Subject: math
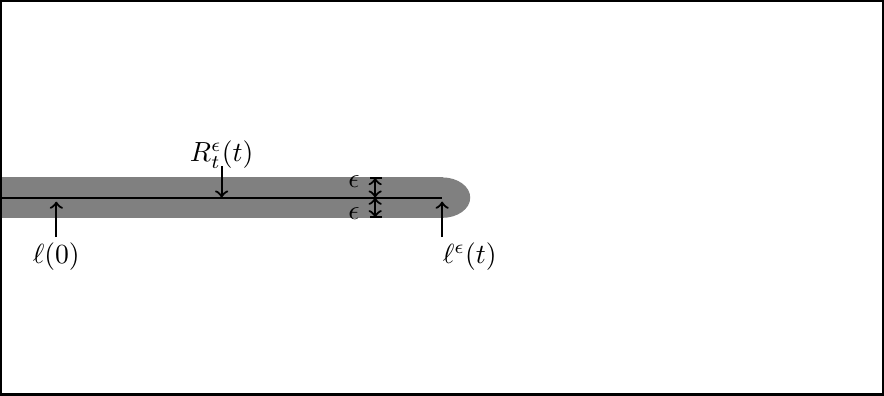
LaTeX code:
\begin{tikzpicture}[xscale=0.70,yscale=0.50]

\draw [fill=gray, gray] (-8,-0.5) rectangle (0.0,0.5);

\node[above] at (-4.0,0.5) {$R_t^\epsilon(t)$};

\draw [->,thick] (-4.0,0.8) -- (-4.0,0.0);

\draw[fill=gray, gray] (0,-0.5) arc (-90:90:0.5)  -- cycle;

\draw [-,thick] (-8,0) -- (-0.0,0);

\draw [thick] (-8,-5) rectangle (8,5);

\node [above] at (-1.6,0) {$\epsilon$};

\node [below] at (-1.6,0) {$\epsilon$};

\draw [thick] (-1.3,.5) -- (-1.1,.5);

\draw [<->,thick] (-1.215,.5) -- (-1.215,0);

\draw [<->,thick] (-1.215,-.5) -- (-1.215,0);

\draw [thick] (-1.3,-.5) -- (-1.1,-.5);

\draw [->,thick] (0.0,-1.0) -- (0.0,-0.1);

\node  at (0.5,-1.5) { $\ell^\epsilon(t)$};

\draw [->,thick] (-7,-1.0) -- (-7,-0.1);

\node  at (-7,-1.5) { $\ell(0)$};

\end{tikzpicture}